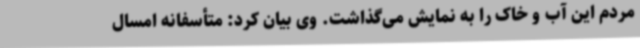
مردم این آب و خاک را به نمایش می‌گذاشت. وی بیان کرد: متأسفانه امسال